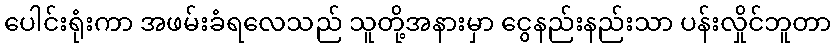
ပေါင်းရုံးကာ အဖမ်းခံရလေသည် သူတို့အနားမှာ ငွေနည်းနည်းသာ ပန်းလှိုင်ဘူတာ